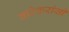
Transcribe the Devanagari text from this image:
वाटेकरांसी